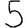
Digit: 5